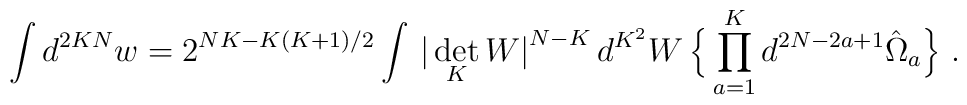
\int d^{2KN}w=2^{NK-K(K+1)/2}\int\,\big|\det_{K}W\big|^{N-K}\,d^{K^2}W\,\Big\{\prod_{a=1}^Kd^{2N-2a+1}\hat\Omega_a\Big\}\ .